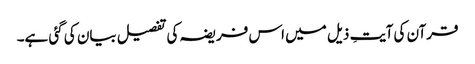
قرآن کی آیتِ ذیل میں اس فریضہ کی تفصیل بیان کی گئی ہے۔